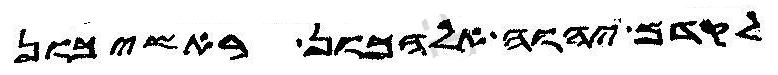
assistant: לקדם יהוה אלהכון ראשיכון